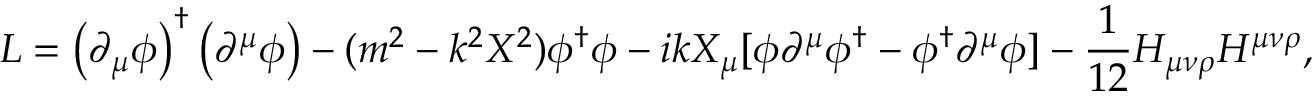
{ \cal L } = \left( \partial _ { \mu } \phi \right) ^ { \dagger } \left( \partial ^ { \mu } \phi \right) - ( m ^ { 2 } - k ^ { 2 } X ^ { 2 } ) \phi ^ { \dagger } \phi - i k X _ { \mu } [ \phi \partial ^ { \mu } \phi ^ { \dagger } - \phi ^ { \dagger } \partial ^ { \mu } \phi ] - \frac { 1 } { 1 2 } H _ { \mu \nu \rho } H ^ { \mu \nu \rho } ,